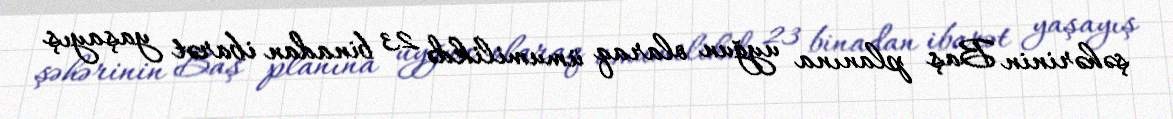
şəhərinin Baş planına uyğun olaraq ümumilikdə 23 binadan ibarət yaşayış